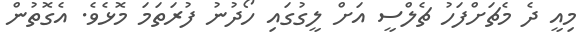
މިއީ ދެ މެޗަށްފަހު ޗެލްސީ އަށް ލީގުގައި ހޯދުނު ފުރަތަމަ މޮޅެވެ. އެގޮތުން